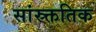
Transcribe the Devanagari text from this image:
सांस्र्क्ततिक